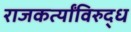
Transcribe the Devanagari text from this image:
राजकर्त्यांविरुद्ध